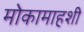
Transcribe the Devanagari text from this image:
मोकामाहशी